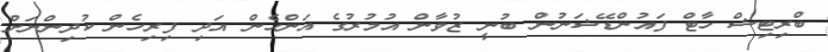
ބްރިޓިޝް ހާޓް ފައުންޑޭޝަނުން ބުނީ ޒުވާން އުމުރުގެ އަންހެން އަދި ފިރިހެން ކުދިންނަށް